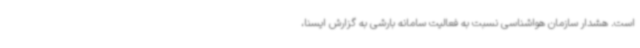
است. هشدار سازمان هواشناسی نسبت به فعالیت سامانه بارشی به گزارش ایسنا،